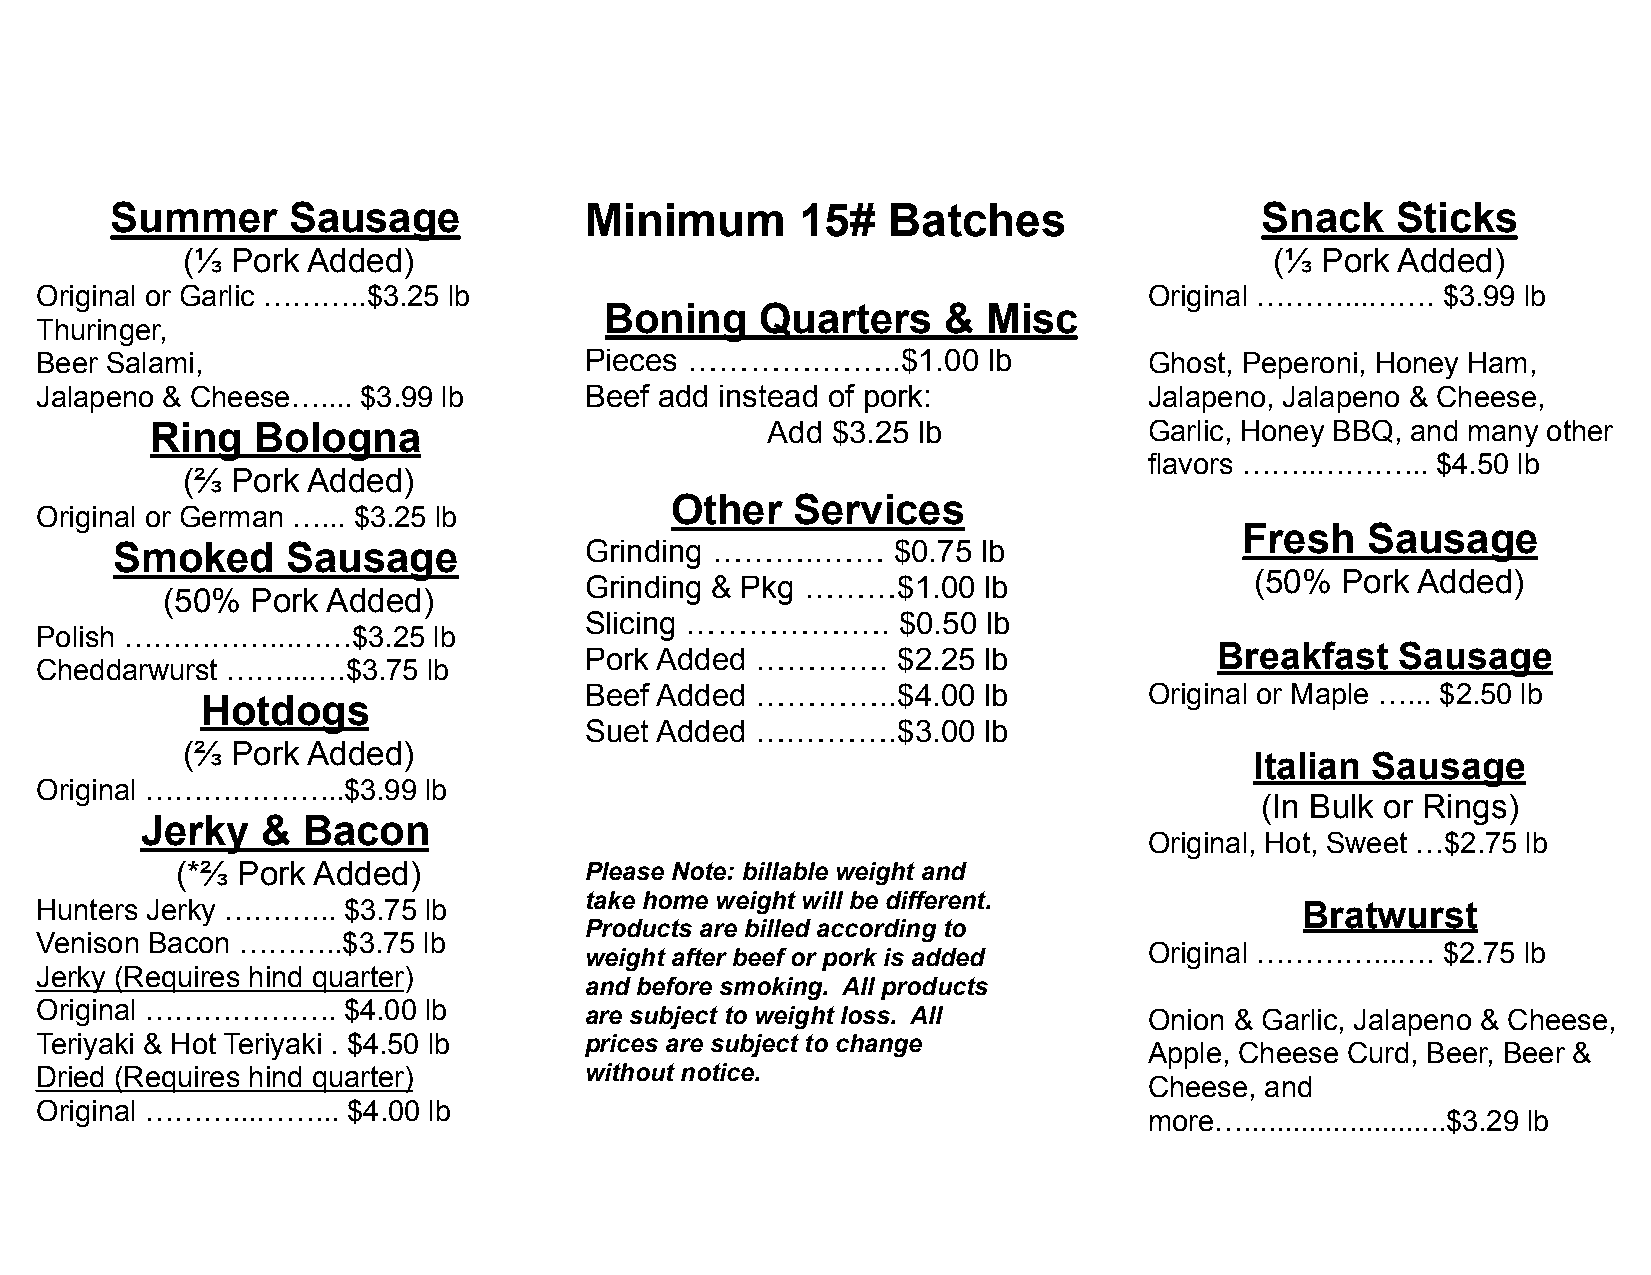
Summer      Sausage             Minimum       15#   Batches                 Snack    Sticks
 (⅓ Pork Added)                                                          (⅓ Pork Added)
 Original or Garlic ………..$3.25 lb                                          Original ………...……. $3.99 lb
 Boning    Quarters    &  Misc
 Thuringer,
 Beer Salami,                         Pieces ………….……..$1.00     lb         Ghost, Peperoni, Honey Ham,
 Jalapeno & Cheese….... $3.99 lb      Beef add instead of pork:            Jalapeno, Jalapeno & Cheese,
 Ring   Bologna                           Add $3.25 lb             Garlic, Honey BBQ, and many other
 flavors ……..………... $4.50 lb
 (⅔ Pork Added)
 Other   Services
 Original or German …... $3.25 lb
 Fresh   Sausage
 Smoked      Sausage             Grinding ………..……    $0.75 lb
 (50%  Pork Added)
 Grinding & Pkg ………$1.00   lb
 (50%  Pork Added)
 Slicing …………….….    $0.50 lb
 Polish ……………...……$3.25     lb
 Breakfast   Sausage
 Pork Added ………….    $2.25 lb
 Cheddarwurst ……...….$3.75 lb
 Beef Added …………..$4.00    lb         Original or Maple …... $2.50 lb
 Hotdogs
 Suet Added ….……….$3.00    lb
 (⅔ Pork Added)
 Italian Sausage
 Original ………………...$3.99   lb
 (In Bulk or Rings)
 Jerky   &  Bacon
 Original, Hot, Sweet …$2.75 lb
 (*⅔ Pork Added)            Please Note: billable weight and
 take home weight will be different.
 Hunters Jerky ………... $3.75 lb                                                       Bratwurst
 Products are billed according to
 Venison Bacon ………..$3.75  lb
 Original …………...…. $2.75 lb
 weight after beef or pork is added
 Jerky (Requires hind quarter)
 and before smoking. All products
 Original ………………..    $4.00 lb
 are subject to weight loss. All      Onion & Garlic, Jalapeno & Cheese,
 Teriyaki & Hot Teriyaki . $4.50 lb   prices are subject to change
 Apple, Cheese Curd, Beer, Beer &
 Dried (Requires hind quarter)        without notice.
 Cheese, and
 Original ………...……... $4.00 lb
 more….........................$3.29 lb